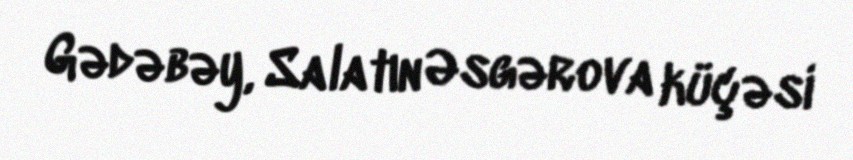
Gədəbəy, Salatın Əsgərova küçəsi